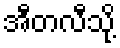
အီတလီသို့